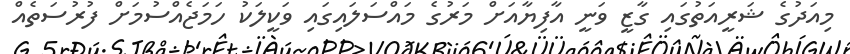
މިއަދުގެ ޝަރީއަތުގައި ގާޒީ ވަނީ އާފިޔާއަށް މަރުގެ މައްސަލައިގައި ވަކީލަކު ހަމަޖެއްސުމަށް ފުރުސަތެއް